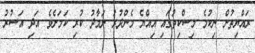
ރައްޔިތުން ނިކުމެ މިސްކިތުގައި އިއްޔެ މެންދުރު ނަމާދު ކުރި ކަމަށެވެ. އަދި އަސުރު